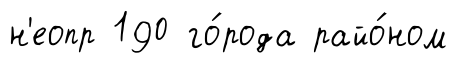
н'еопр 190 го́рода райо́ном